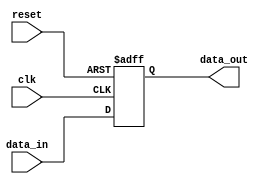
module high_speed_buffer (
    input wire clk,  // Clock signal
    input wire reset,  // Reset signal
    input wire data_in,  // Input data signal
    output reg data_out  // Output data signal
);

reg internal_data;  // Internal buffer data signal

always @(posedge clk or posedge reset) begin
    if (reset) begin
        internal_data <= 1'b0;  // Reset buffer data
    end else begin
        internal_data <= data_in;  // Store input data in buffer
    end
end

assign data_out = internal_data;  // Assign buffered data to output

endmodule